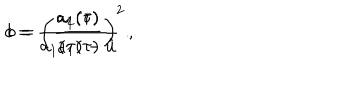
c = \frac { a _ { 1 } ( \tau ) } { a _ { 1 } ( \tau ) - \hat { u } } ~ ~ , \hspace { 1 c m } b = \left( \frac { a _ { 2 } ( \tau ) } { a _ { 1 } ( \tau ) } \right) ^ { 2 } .